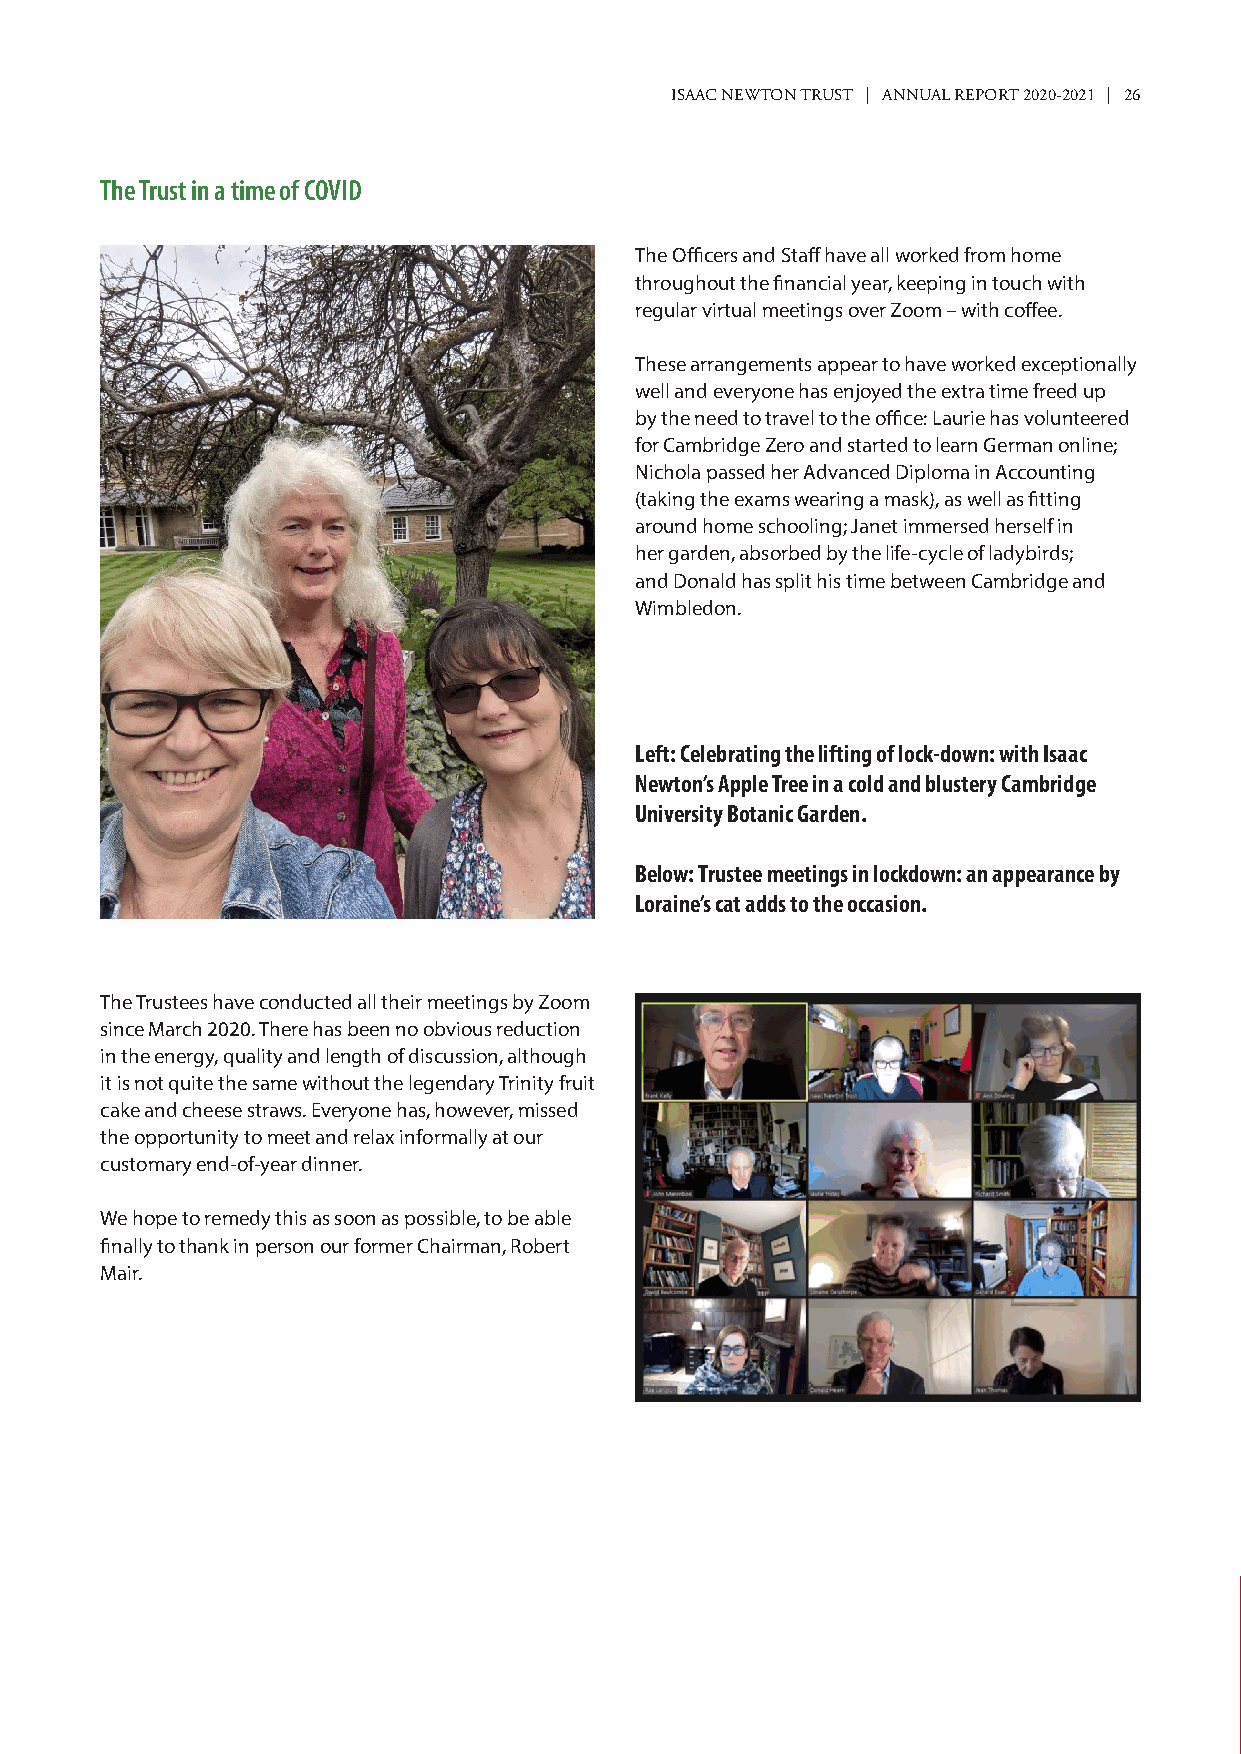
ISAAC NEWTON TRUST | ANNUAL REPORT 2020-2021 | 26
 The Trust in a time of COVID
 The Officers and Staff have all worked from home
 throughout the financial year, keeping in touch with
 regular virtual meetings over Zoom – with coffee.
 These arrangements appear to have worked exceptionally
 well and everyone has enjoyed the extra time freed up
 by the need to travel to the office: Laurie has volunteered
 for Cambridge Zero and started to learn German online;
 Nichola passed her Advanced Diploma in Accounting
 (taking the exams wearing a mask), as well as fitting
 around home schooling; Janet immersed herself in
 her garden, absorbed by the life-cycle of ladybirds;
 and Donald has split his time between Cambridge and
 Wimbledon.
 Left: Celebrating the lifting of lock-down: with Isaac
 Newton’s Apple Tree in a cold and blustery Cambridge
 University Botanic Garden.
 Below: Trustee meetings in lockdown: an appearance by
 Loraine’s cat adds to the occasion.
 The Trustees have conducted all their meetings by Zoom
 since March 2020. There has been no obvious reduction
 in the energy, quality and length of discussion, although
 it is not quite the same without the legendary Trinity fruit
 cake and cheese straws. Everyone has, however, missed
 the opportunity to meet and relax informally at our
 customary end-of-year dinner.
 We hope to remedy this as soon as possible, to be able
 finally to thank in person our former Chairman, Robert
 Mair.